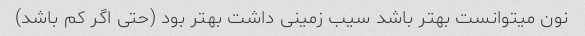
نون میتوانست بهتر باشد سیب زمینی داشت بهتر بود (حتی اگر کم باشد)